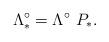
LaTeX: \begin{align*}\Lambda_*^\circ=\Lambda^\circ\ P_*.\end{align*}